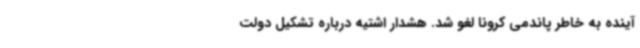
آینده به خاطر پاندمی کرونا لغو شد. هشدار اشتیه درباره تشکیل دولت